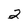
Character: 2